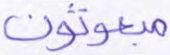
مبعوثون